65_HS1-834228961_62-HQ-83894_Section_4
Agency: FBI
Page 185
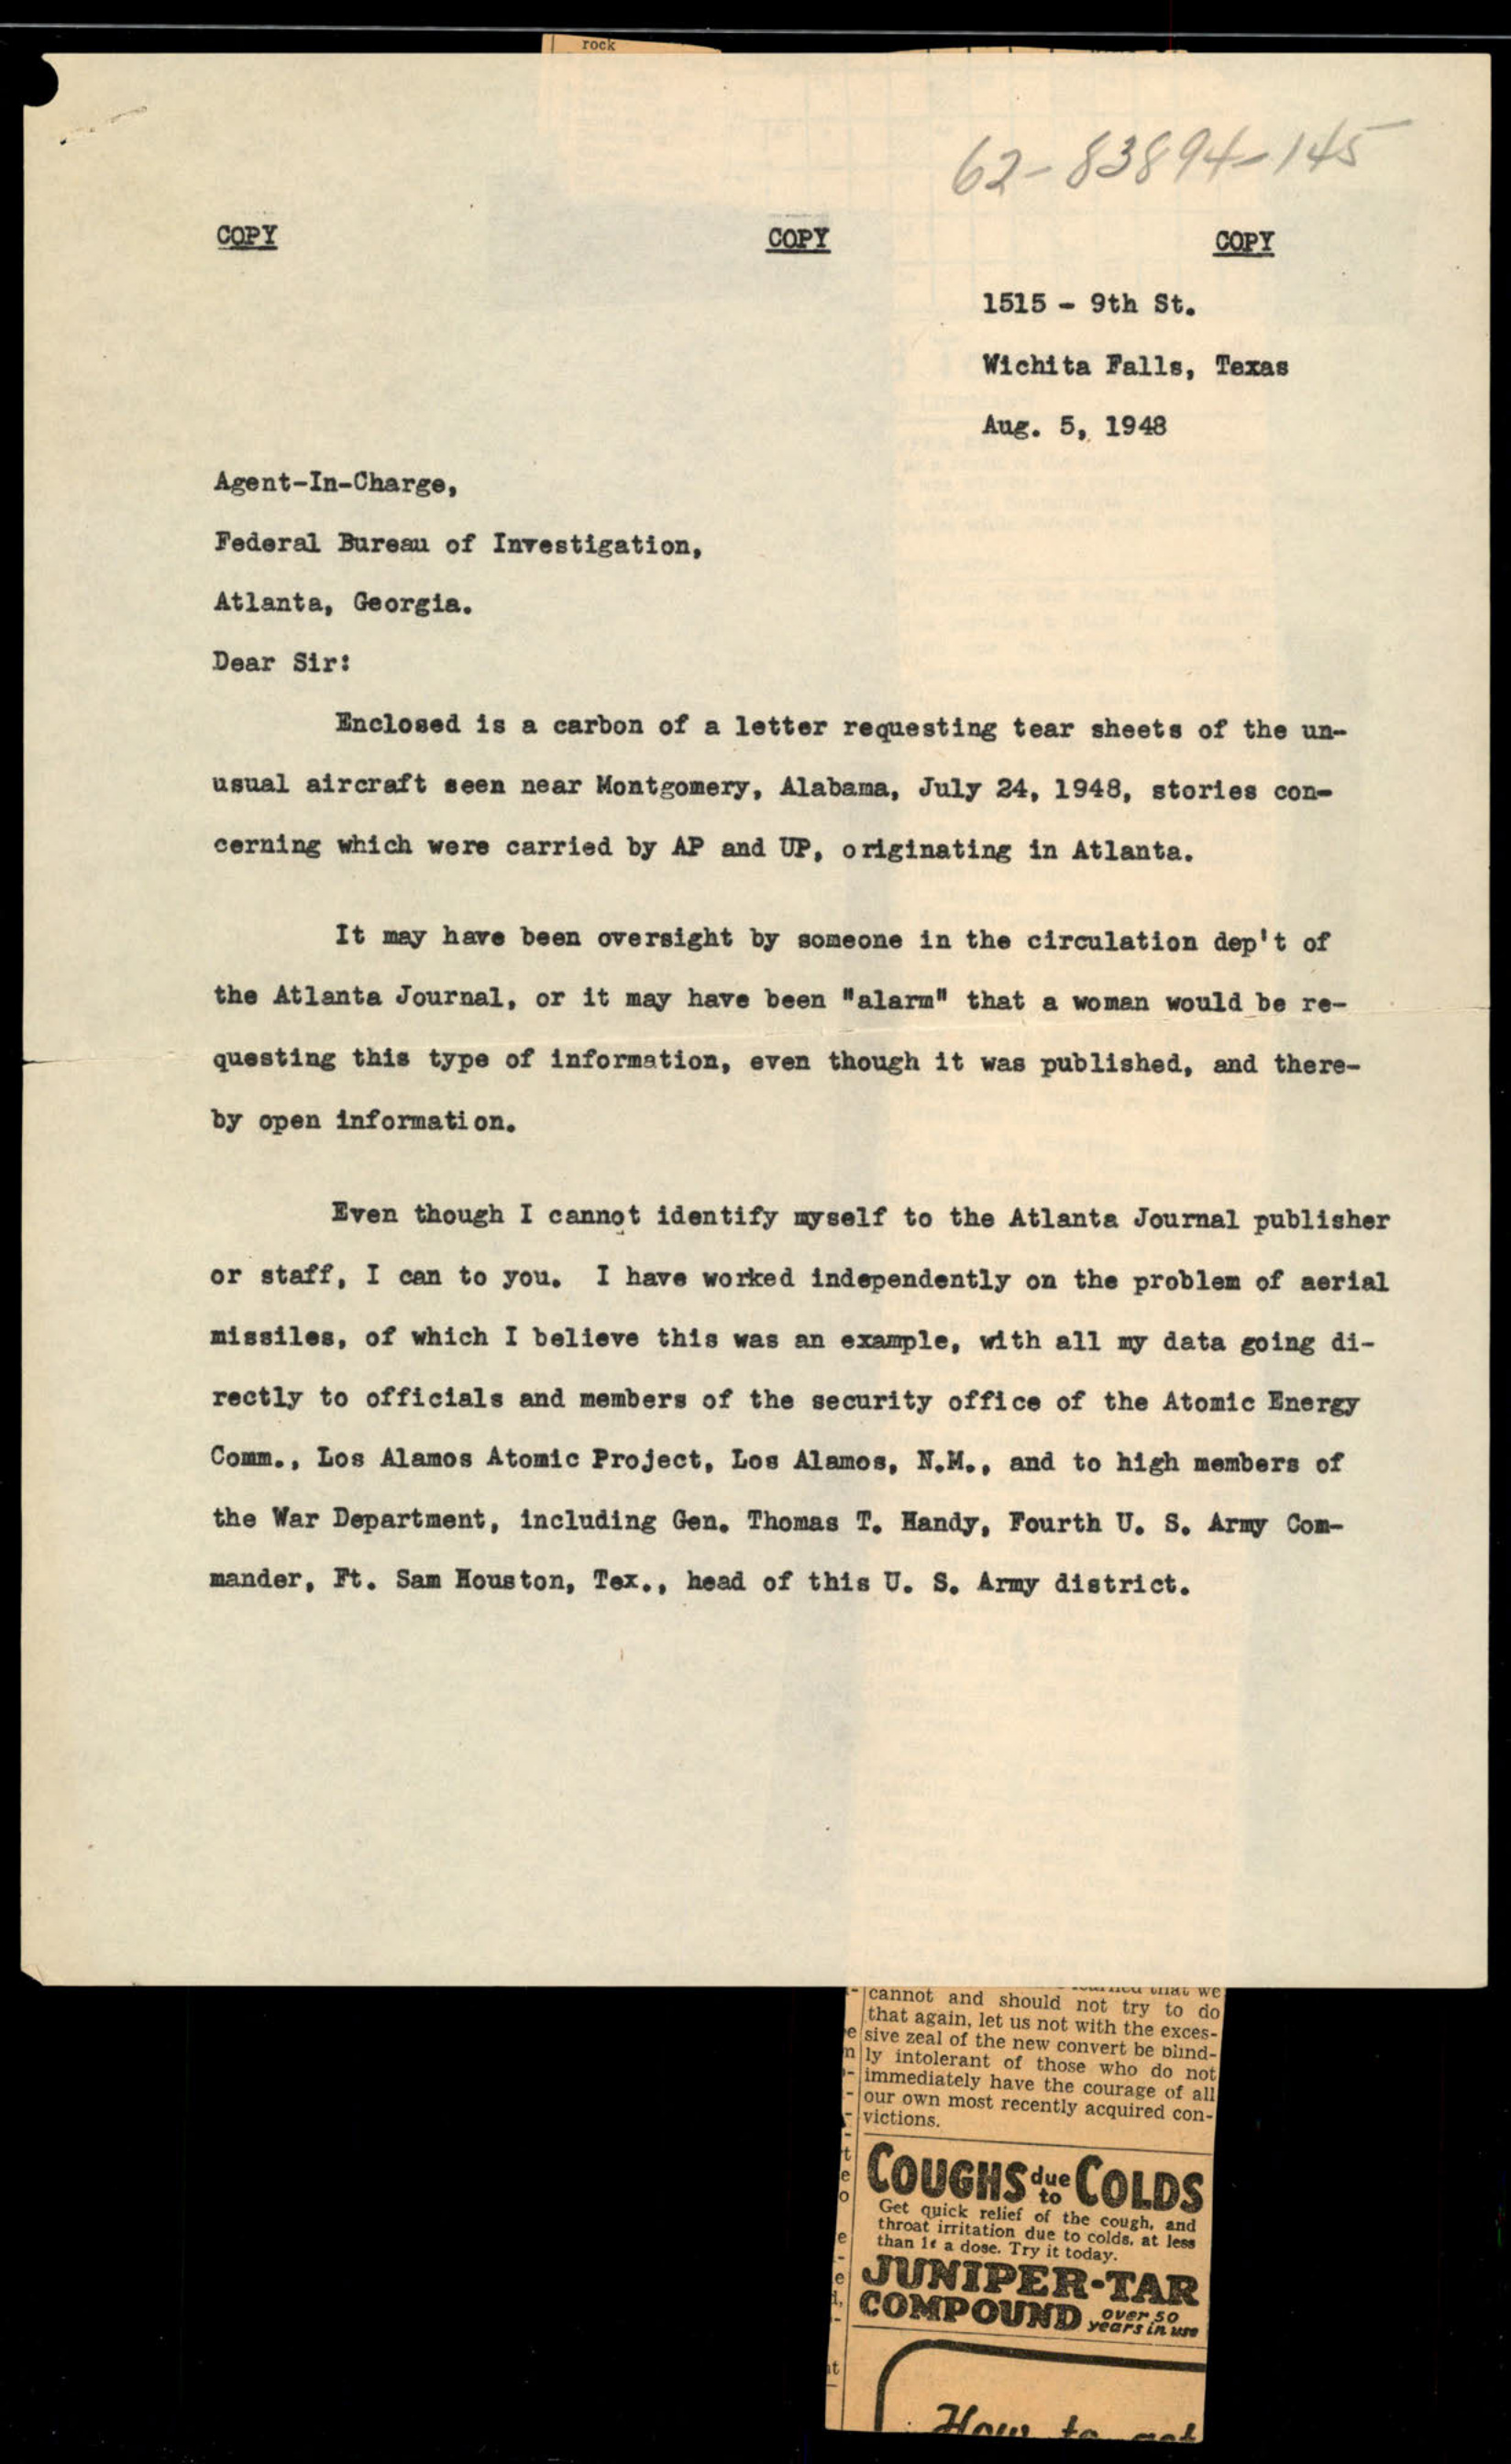